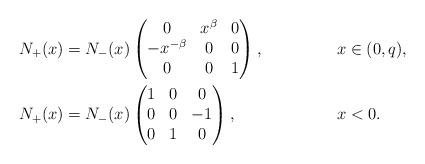
LaTeX: \begin{align*}N_{+}(x) &= N_{-}(x) \begin{pmatrix} 0 & x^\beta & 0\\ -x^{-\beta} & 0 & 0\\ 0 & 0 & 1\end{pmatrix}, && x \in (0,q), \\N_{+}(x) &= N_{-}(x) \begin{pmatrix} 1 & 0 & 0\\ 0 & 0 & -1\\ 0 & 1 & 0\end{pmatrix}, && x<0.\end{align*}